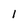
Character: 1